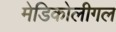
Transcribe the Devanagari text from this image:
मेडिकोलीगल